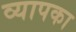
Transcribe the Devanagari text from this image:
व्यापका